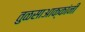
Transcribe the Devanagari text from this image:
तुळसाआक्कांनी